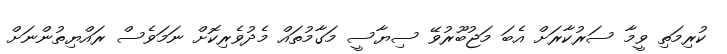
ކުރިމަތި ވީމާ ސަރުކާރަށް އެބަ މަޖުބޫރުވޭ ސިޔާސީ މަގާމުތައް މެދުވެރިކޮށް ނަމަވެސް ރައްޔިތުންނަށް